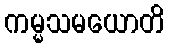
ကမ္မသမယောတိ